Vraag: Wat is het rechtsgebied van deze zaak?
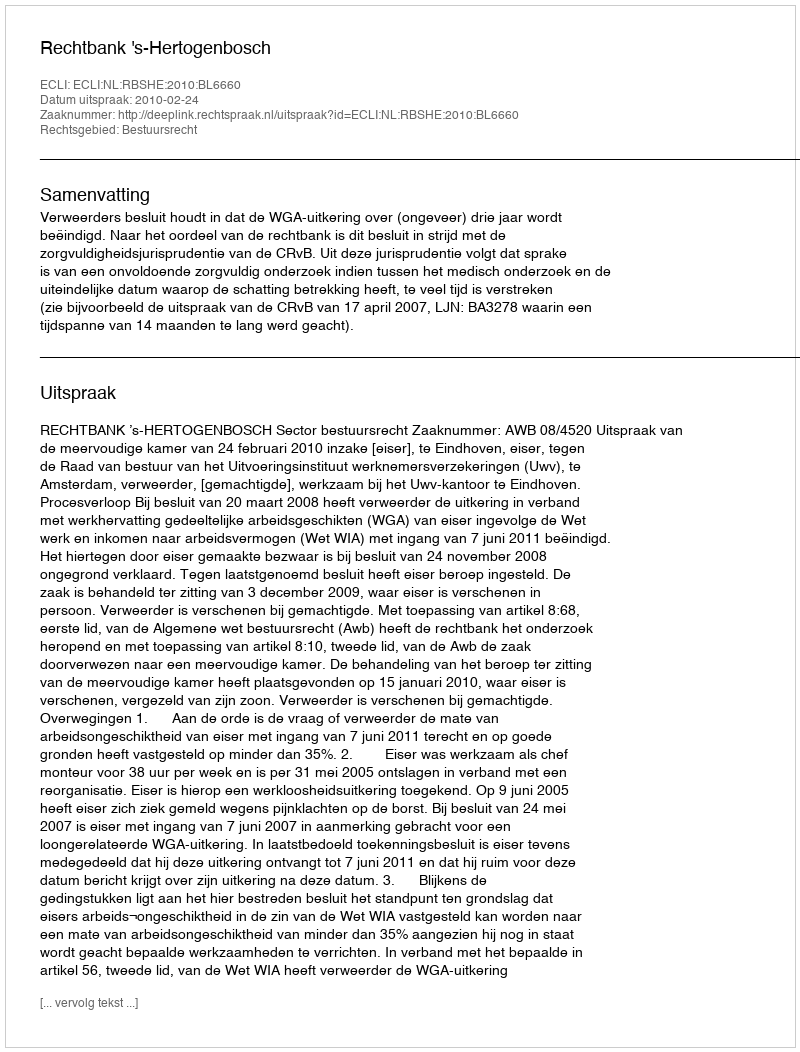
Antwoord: Bestuursrecht